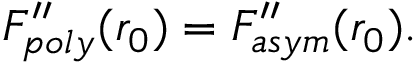
F _ { p o l y } ^ { \prime \prime } ( r _ { 0 } ) = F _ { a s y m } ^ { \prime \prime } ( r _ { 0 } ) .